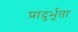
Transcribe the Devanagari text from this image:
प्रादुर्भूता